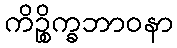
ကိဉ္စိက္ခဘာဝနာ